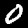
Digit: 0